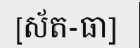
[ស័ត-ធា]